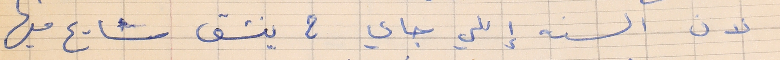
لان السنه إللي جاي ح ينشق شارع فيها